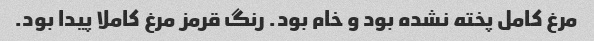
مرغ کامل پخته نشده بود و خام بود. رنگ قرمز مرغ کاملا پیدا بود.